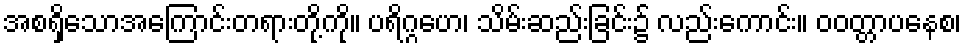
အစရှိသောအကြောင်းတရားတို့ကို။ ပရိဂ္ဂဟေ၊ သိမ်းဆည်းခြင်း၌ လည်းကောင်း။ ဝဝတ္တာပနေစ၊